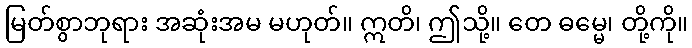
မြတ်စွာဘုရား အဆုံးအမ မဟုတ်။ ဣတိ၊ ဤသို့။ တေ ဓမ္မေ၊ တို့ကို။